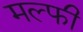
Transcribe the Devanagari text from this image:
मल्फी